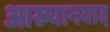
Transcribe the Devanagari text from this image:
आख्यानवाद